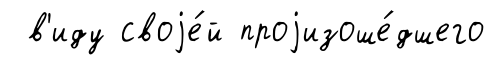
в'иду своjе́й проjизоше́дшего